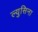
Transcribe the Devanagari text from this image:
ल्युसिना